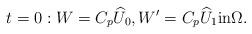
LaTeX: \begin{align*}t=0:W=C_p\widehat{U}_0,W'=C_p\widehat{U}_1 \hbox{in} \Omega.\end{align*}